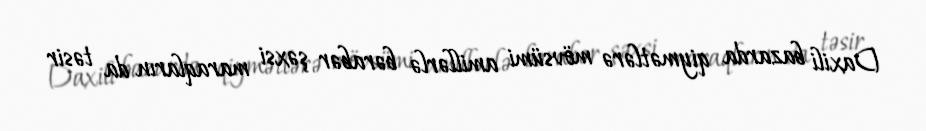
Daxili bazarda qiymətlərə mövsümi amillərlə bərabər şəxsi maraqların da təsir